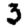
Digit: 3